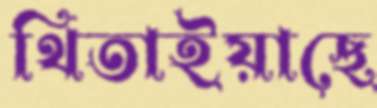
থিতাইয়াছে